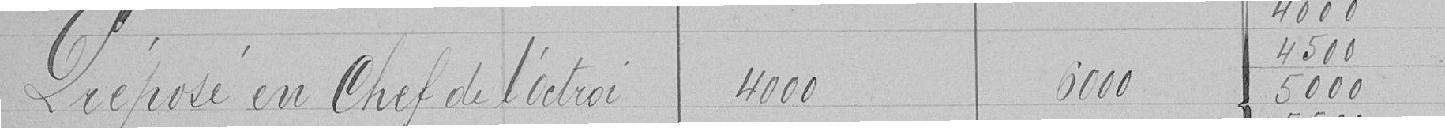
Préposé en Chef de l'octroi 4000 5000